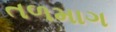
તળમાગ